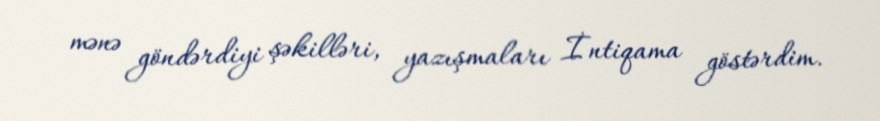
mənə göndərdiyi şəkilləri, yazışmaları İntiqama göstərdim.